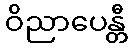
ဝိညာပေန္တီ